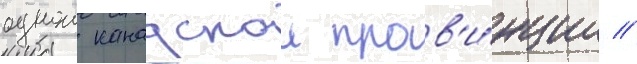
однои канадскои пров'и́нции //